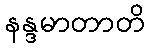
နန္ဒမာတာတိ